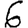
Digit: 6